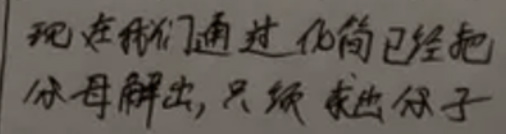
现在我们通过化简已经把分母解出, 只须求出分子